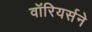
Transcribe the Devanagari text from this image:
वॉरियर्सने